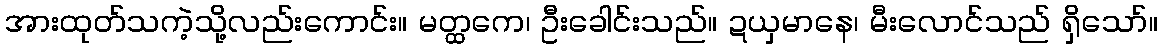
အားထုတ်သကဲ့သို့လည်းကောင်း။ မတ္ထကေ၊ ဦးခေါင်းသည်။ ဍယှမာနေ၊ မီးလောင်သည် ရှိသော်။